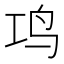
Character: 𬷾